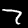
Label: 7